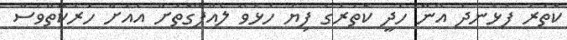
ކޮތަރު ފުޅަނދު އޭނާ ހެދީ ކޮތަރުގެ ފިޔަ ހުޅުވޭ ލެއްޕޭގޮތަށް އެއަށް ހަރަކާތްވެސް